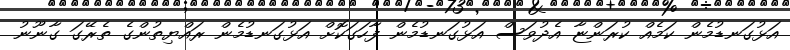
އަޅުގަނޑުމެން ކަމެއް ކުރަންޏާ އެދުވަސް އަޅުގަނޑުމެން ފާހަގަކޮށް އަޅުގަނޑުމެން ރައްޔިތުންގެ ތެރޭގަ ގާނޫނު